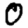
Digit: 0